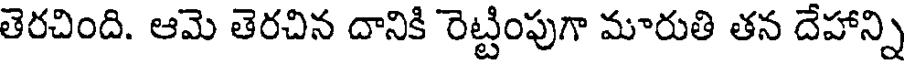
తెరచింది. ఆమె తెరచిన దానికి రెట్టింపుగా మారుతి తన దేహాన్ని